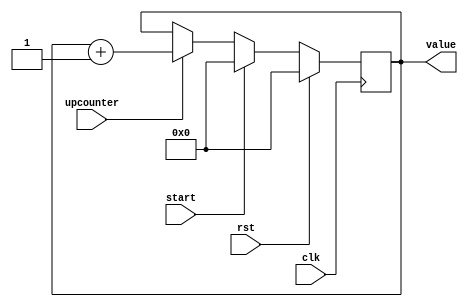
/*
   This file was generated automatically by the Mojo IDE version B1.2.6.
   Do not edit this file directly. Instead edit the original Lucid source.
   This is a temporary file and any changes made to it will be destroyed.
*/

/*
   Parameters:
     SIZE = 8
     DIV = 0
     TOP = 0
     UP = 1
*/
module conditionalcounter_71 (
    input clk,
    input rst,
    input upcounter,
    input start,
    output reg [7:0] value
  );
  
  localparam SIZE = 4'h8;
  localparam DIV = 1'h0;
  localparam TOP = 1'h0;
  localparam UP = 1'h1;
  
  
  reg [7:0] M_ctr_d, M_ctr_q = 1'h0;
  
  localparam MAX_VALUE = 1'h0;
  
  always @* begin
    M_ctr_d = M_ctr_q;
    
    value = M_ctr_q[0+7-:8];
    if (1'h1 && upcounter) begin
      M_ctr_d = M_ctr_q + 1'h1;
      if (1'h0 && M_ctr_q == 1'h0) begin
        M_ctr_d = 1'h0;
      end
    end
    if (start) begin
      M_ctr_d = 1'h0;
    end
  end
  
  always @(posedge clk) begin
    if (rst == 1'b1) begin
      M_ctr_q <= 1'h0;
    end else begin
      M_ctr_q <= M_ctr_d;
    end
  end
  
endmodule